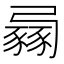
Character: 𧱶